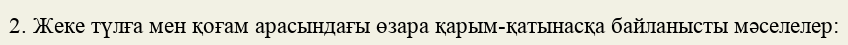
2. Жеке түлға мен қоғам арасындағы өзара қарым-қатынасқа байланысты мәселелер: